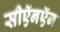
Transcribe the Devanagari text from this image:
सीऍनऍन